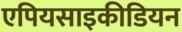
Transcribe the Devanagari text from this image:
एपियसाइकीडियन